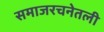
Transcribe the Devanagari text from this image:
समाजरचनेतली